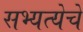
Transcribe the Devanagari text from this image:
सभ्यत्येचे